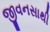
જીવનસાથી